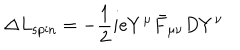
LaTeX: \Delta L _ { \mathrm { s p i n } } = - { \frac { 1 } { 2 } } i e Y ^ { \mu } \bar { F } _ { \mu \nu } D Y ^ { \nu } \,